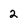
Character: 2